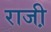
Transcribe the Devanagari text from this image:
राजी़